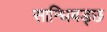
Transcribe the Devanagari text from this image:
सान्धिबड्छ